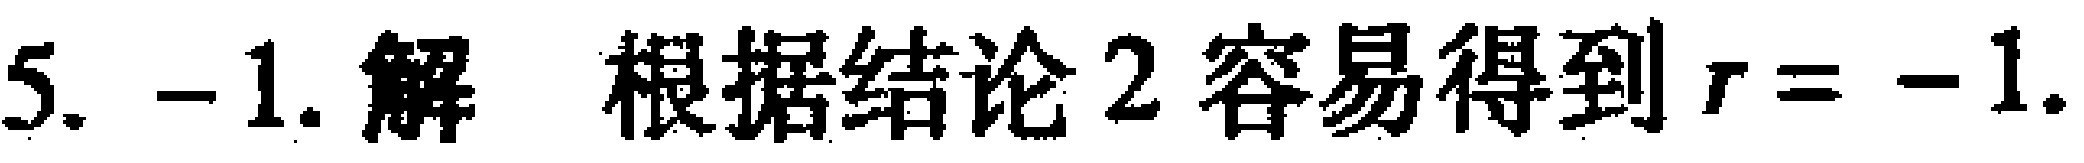
5. -1. 解 根据结论 2 容易得到$r = -1.$